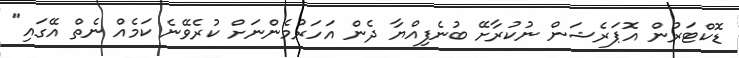
ޑޮކްޓަރުން އޮޕަރެޝަން ނުކުރާށޭ ބުނެފިއްޔާ ދެން އަހަރުމެންނަށް ކުރެވޭނެ ކަމެއް ނެތް އޭގައި"